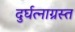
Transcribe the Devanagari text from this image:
दुर्घत्नाग्रस्त